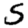
Digit: 5